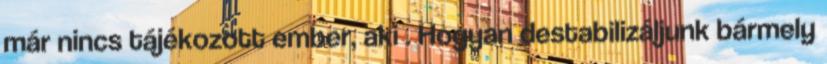
már nincs tájékozott ember, aki . Hogyan destabilizáljunk bármely